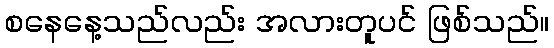
စနေနေ့သည်လည်း အလားတူပင် ဖြစ်သည်။